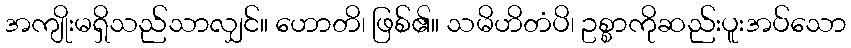
အကျိုးမရှိသည်သာလျှင်။ ဟောတိ၊ ဖြစ်၏။ သမိဟိတံပိ၊ ဥစ္စာကိုဆည်းပူးအပ်သော